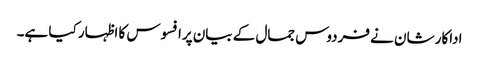
اداکار شان نے فردوس جمال کے بیان پرافسوس کا اظہار کیا ہے۔